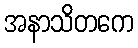
အနာသိတကေ